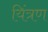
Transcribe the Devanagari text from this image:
यिंत्रण